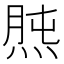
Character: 𤊯